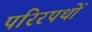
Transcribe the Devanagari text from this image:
परिरपथों